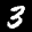
Label: 3